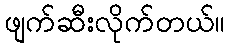
ဖျက်ဆီးလိုက်တယ်။